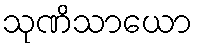
သုဏိသာယော